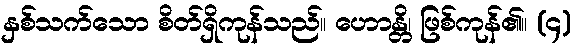
နှစ်သက်သော စိတ်ရှိကုန်သည်။ ဟောန္တိ၊ ဖြစ်ကုန်၏။ (၄)